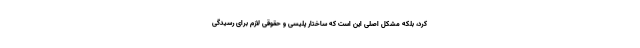
کرد، بلکه مشکل اصلی این است که ساختار پلیسی و حقوقی لازم برای رسیدگی